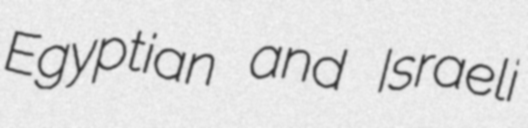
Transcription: Egyptian and Israeli